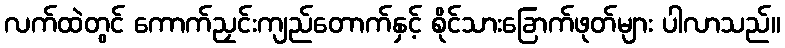
လက်ထဲတွင် ကောက်ညှင်းကျည်တောက်နှင့် စိုင်သားခြောက်ဖုတ်များ ပါလာသည်။